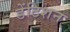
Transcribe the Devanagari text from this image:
डेंटिशन